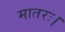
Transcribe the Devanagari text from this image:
मातरः।